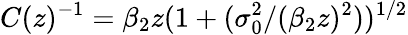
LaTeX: C(z)^{-1}=\beta_{2}z(1+(\sigma_{0}^{2}/(\beta_{2}z)^{2}))^{1/2}